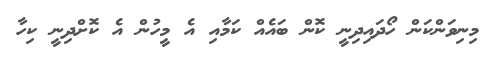
މިނިވަންކަން ހޯދައިދިނީ ކޮން ބައެއް ކަމާއި އެ މީހުން އެ ކޮށްދިނީ ކިހާ